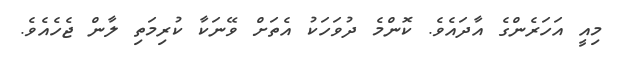
މިއީ އަހަރެންގެ އާދައެވެ. ކޮންމެ ދުވަހަކު އެތަށް ވޭނަކާ ކުރިމަތި ލާން ޖެހެއެވެ.